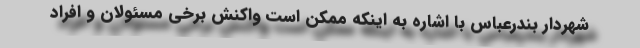
شهردار بندرعباس با اشاره به اینکه ممکن است واکنش برخی مسئولان و افراد